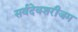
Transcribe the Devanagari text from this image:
सर्वदेवशरीजम